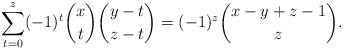
LaTeX: \begin{align*}\sum_{t=0}^z(-1)^t\binom{x}{t}\binom{y-t}{z-t}=(-1)^z\binom{x-y+z-1}{z}.\end{align*}